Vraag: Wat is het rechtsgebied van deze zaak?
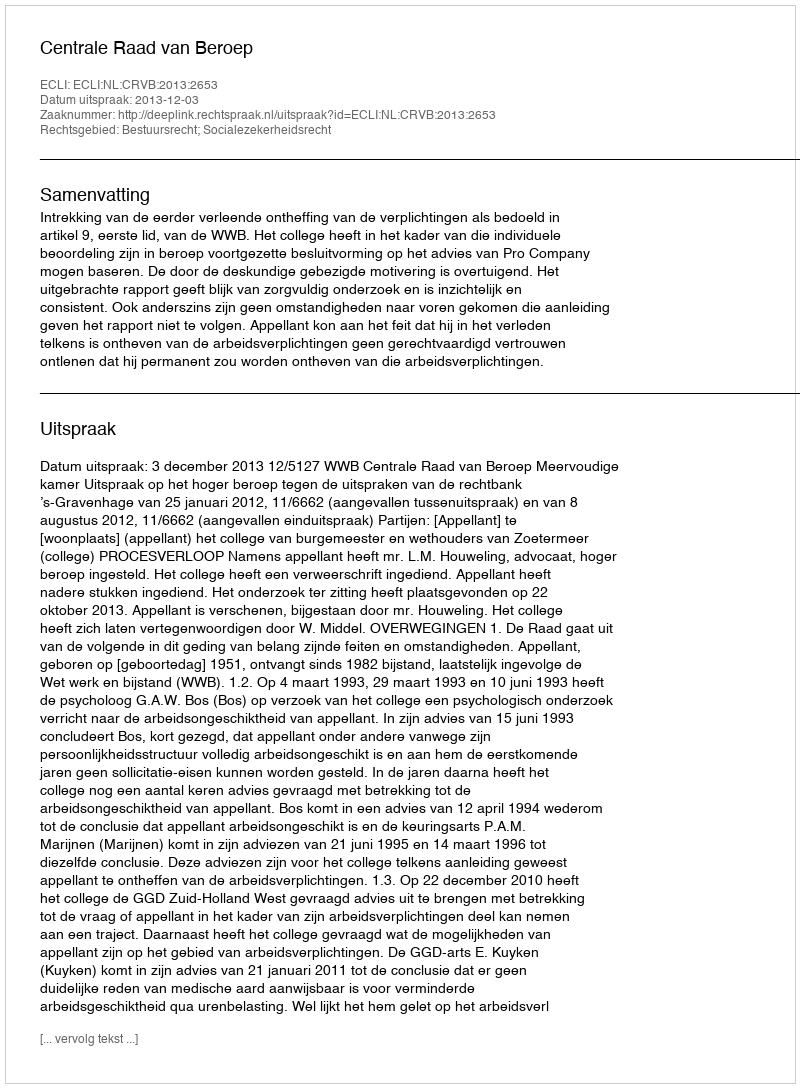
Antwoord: Bestuursrecht; Socialezekerheidsrecht